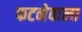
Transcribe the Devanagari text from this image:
फटनेवाला